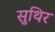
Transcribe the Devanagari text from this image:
सुथिर